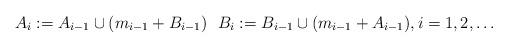
LaTeX: \begin{align*} A_i := A_{i-1}\cup (m_{i-1}+B_{i-1})\ \ B_i:=B_{i-1}\cup(m_{i-1}+A_{i-1}),i=1,2,\dotsc\end{align*}